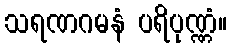
သရဏဂမနံ ပရိပုဏ္ဏံ။